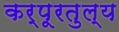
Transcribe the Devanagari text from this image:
कर्पूरतुल्य